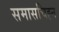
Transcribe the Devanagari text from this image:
समासचिह्न